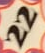
22